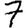
Digit: 7